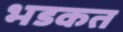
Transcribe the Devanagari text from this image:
भडकत